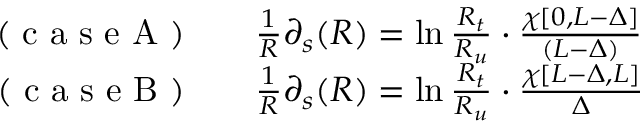
\begin{array} { r l } { \mathrm { ~ ( ~ c ~ a ~ s ~ e ~ A ~ ) ~ } } & { { } ~ ~ \frac { 1 } { R } \partial _ { s } ( R ) = \ln { \frac { R _ { t } } { R _ { u } } } \cdot \frac { \chi [ 0 , L - \Delta ] } { ( L - \Delta ) } } \\ { \mathrm { ~ ( ~ c ~ a ~ s ~ e ~ B ~ ) ~ } } & { { } ~ ~ \frac { 1 } { R } \partial _ { s } ( R ) = \ln { \frac { R _ { t } } { R _ { u } } } \cdot \frac { \chi [ L - \Delta , L ] } { \Delta } } \end{array}